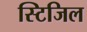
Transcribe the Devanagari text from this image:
स्टिजिल